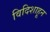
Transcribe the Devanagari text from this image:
विदिशाहून